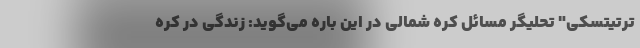
ترتیتسکی" تحلیگر مسائل کره شمالی در این باره می‌گوید: زندگی در کره